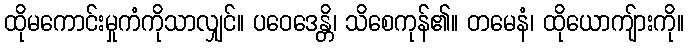
ထိုမကောင်းမှုကံကိုသာလျှင်။ ပဝေဒေန္တိ၊ သိစေကုန်၏။ တမေနံ၊ ထိုယောကျ်ားကို။